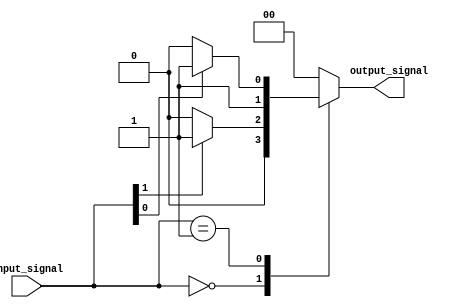
module case_with_if_else(
    input [2:0] input_signal,
    output reg [1:0] output_signal
);

always @(input_signal)
begin
    case(input_signal)
        3'b000: begin
            if(input_signal[1] == 1'b0) begin
                output_signal <= 2'b00;
            end else begin
                output_signal <= 2'b01;
            end
        end
        3'b001: begin
            if(input_signal[0] == 1'b0) begin
                output_signal <= 2'b10;
            end else begin
                output_signal <= 2'b11;
            end
        end
        default: output_signal <= 2'b00;
    endcase
end

endmodule